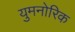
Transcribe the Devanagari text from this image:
युमनोरिक